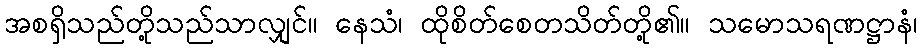
အစရှိသည်တို့သည်သာလျှင်။ နေသံ၊ ထိုစိတ်စေတသိတ်တို့၏။ သမောသရဏဋ္ဌာနံ၊